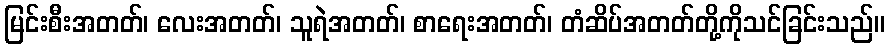
မြင်းစီးအတတ်၊ လေးအတတ်၊ သူရဲအတတ်၊ စာရေးအတတ်၊ တံဆိပ်အတတ်တို့ကိုသင်ခြင်းသည်။